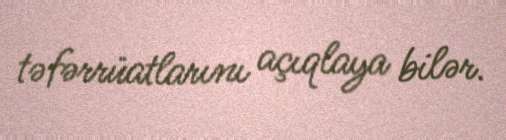
təfərrüatlarını açıqlaya bilər.